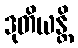
ဒုတိယန္တိ